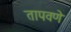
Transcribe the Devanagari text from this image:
तापवणे